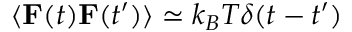
\langle \mathbf { { F } } ( t ) \mathbf { { F } } ( t ^ { \prime } ) \rangle \simeq k _ { B } T \delta ( t - t ^ { \prime } )